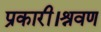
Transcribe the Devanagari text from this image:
प्रकारी।श्रवण